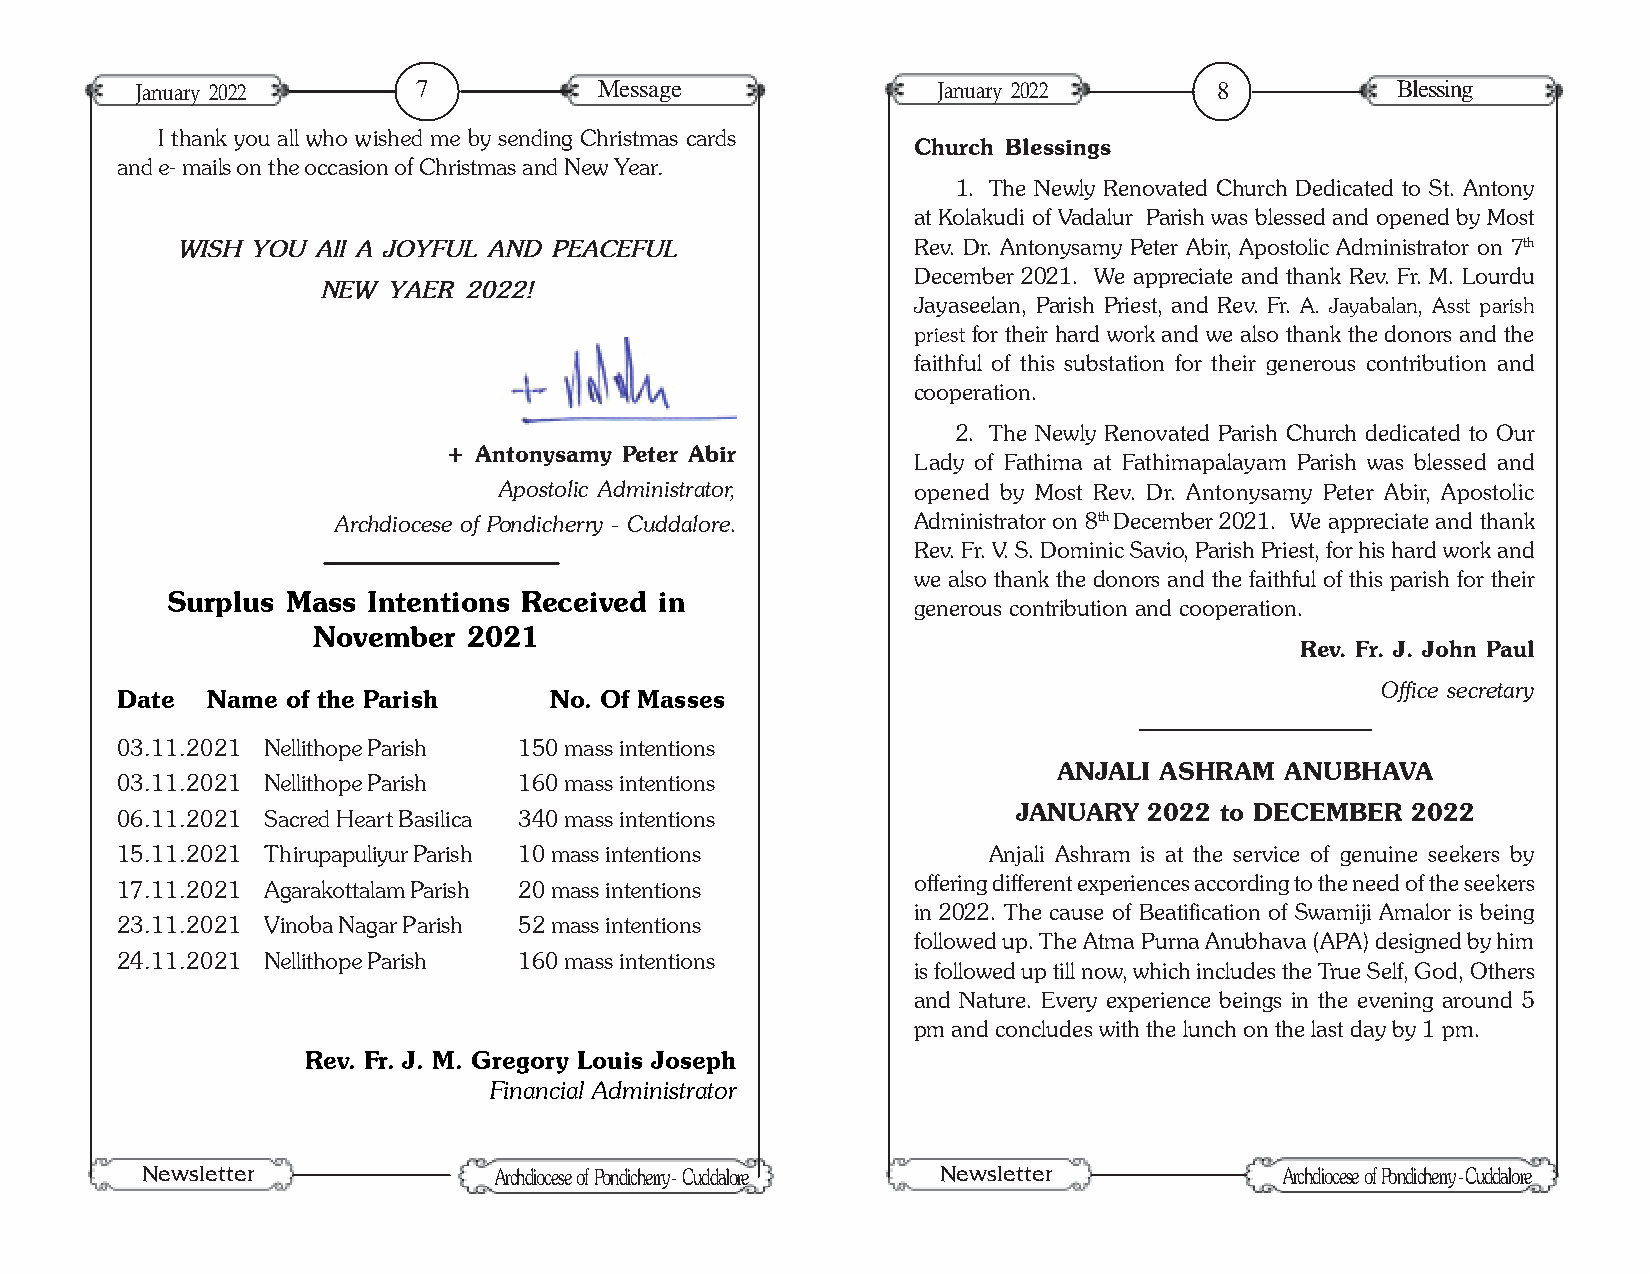
January 2022       7           Message               January 2022       8          Blessing
 I thank you all who wished me by sending Christmas cards
 Church Blessings
 and e- mails on the occasion of Christmas and New Year.
 1. The Newly Renovated Church Dedicated to St. Antony
 at Kolakudi of Vadalur Parish was blessed and opened by Most
 WISH YOU All A JOYFUL AND PEACEFUL              Rev. Dr. Antonysamy Peter Abir, Apostolic Administrator on 7th
 December 2021. We appreciate and thank Rev. Fr. M. Lourdu
 NEW  YAER 2022!
 Jayaseelan, Parish Priest, and Rev. Fr. A. Jayabalan, Asst parish
 priest for their hard work and we also thank the donors and the
 faithful of this substation for their generous contribution and
 cooperation.
 2. The Newly Renovated Parish Church dedicated to Our
 + Antonysamy Peter Abir
 Lady of Fathima at Fathimapalayam Parish was blessed and
 Apostolic Administrator,   opened by Most Rev. Dr. Antonysamy Peter Abir, Apostolic
 Archdiocese of Pondicherry - Cuddalore. Administrator on 8th December 2021. We appreciate and thank
 Rev. Fr. V. S. Dominic Savio, Parish Priest, for his hard work and
 we also thank the donors and the faithful of this parish for their
 Surplus Mass Intentions Received in
 generous contribution and cooperation.
 November  2021
 Rev. Fr. J. John Paul
 Office secretary
 Date  Name of the Parish    No. Of Masses
 03.11.2021 Nellithope Parish 150 mass intentions
 ANJALI ASHRAM  ANUBHAVA
 03.11.2021 Nellithope Parish 160 mass intentions
 JANUARY  2022 to DECEMBER 2022
 06.11.2021 Sacred Heart Basilica 340 mass intentions
 15.11.2021 Thirupapuliyur Parish 10 mass intentions      Anjali Ashram is at the service of genuine seekers by
 17.11.2021 Agarakottalam Parish 20 mass intentions  offering different experiences according to the need of the seekers
 in 2022. The cause of Beatification of Swamiji Amalor is being
 23.11.2021 Vinoba Nagar Parish 52 mass intentions
 followed up. The Atma Purna Anubhava (APA) designed by him
 24.11.2021 Nellithope Parish 160 mass intentions
 is followed up till now, which includes the True Self, God, Others
 and Nature. Every experience beings in the evening around 5
 pm and concludes with the lunch on the last day by 1 pm.
 Rev. Fr. J. M. Gregory Louis Joseph
 Financial Administrator
 Newsletter                                           Newsletter
 Archdiocese of Pondicherry - Cuddalore              Archdiocese of Pondicherry - Cuddalore